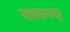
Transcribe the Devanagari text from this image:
नाशकापासून